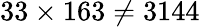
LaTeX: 33\times 163\neq 3144